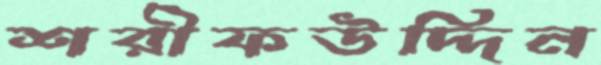
শরীফউদ্দিন